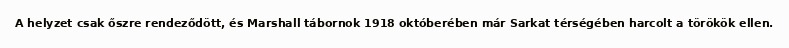
A helyzet csak őszre rendeződött, és Marshall tábornok 1918 októberében már Sarkat térségében harcolt a törökök ellen.